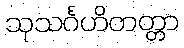
သုသင်္ဂဟိတတ္တာ